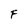
Character: F